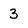
Character: 3